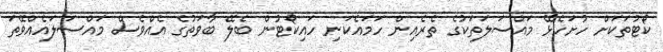
ކޯޓުތަކަށް ހުށަހެޅޭ މައްސަލަތަކުގެ ތެރެއިން ހަމައެކަނި ހައިކޯޓުން ބެލޭ ބާވަތުގެ އެއްވެސް މައްސަލައެއްވޭތަ